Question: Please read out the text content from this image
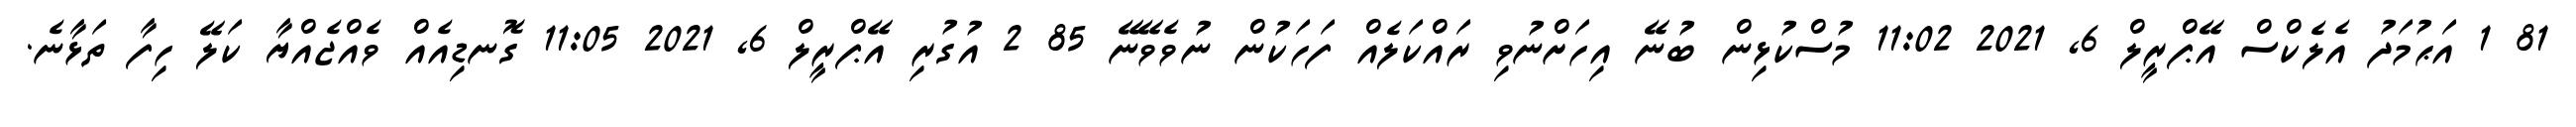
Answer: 81 1 އަޙުމަދު އެލެކްސް އޭޕްރީލް 6, 2021 11:02 މުސްކުޅިން ބުނޭ އިހަށްނުވި ރައްކަލެއް ފަހަކުން ނުވެވޭނޭ 85 2 އުގުރި އޭޕްރީލް 6, 2021 11:05 ގޮނޑިއެއް ވެއްޖެއްޔާ ކަލޭ ހިފާ ތަޅާނެ.